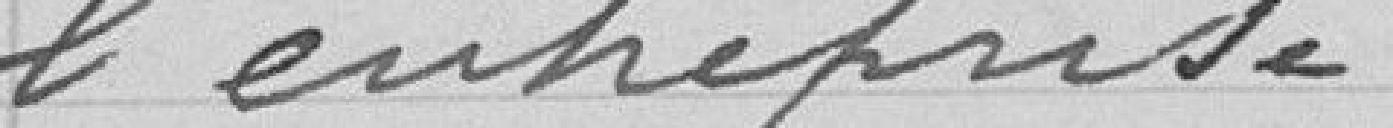
l'entreprise